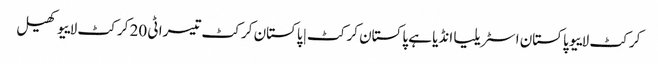
کرکٹ لاییو پاکستان اسٹریلیا انڈیا ہے پاکستان کرکٹ | پاکستان کرکٹ تیسرا ٹی 20 کرکٹ لاییو کھیل